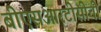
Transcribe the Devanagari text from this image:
बीएसआरटीसीची